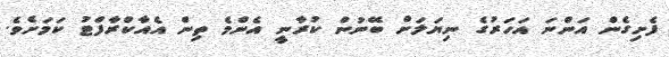
ފެށިގެން އަންނަ އަހަރުގެ ނިޔަލަށް ބޭނުން ކުރާނީ އެންމެ ތިން އެއާކްރާފްޓު ކަމަށެވެ.